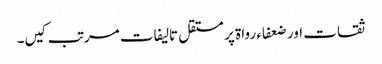
ثقات اور ضعفاء رواۃ پر مستقل تالیفات مرتب کیں­۔